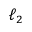
\ell _ { 2 }